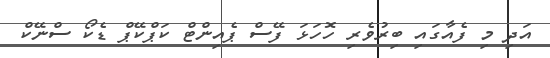
އަދި މި ފެއާގައި ބިރުވެރި ހޮހަޅަ ފޭސް ޕެއިންޓް ކަޕްކޭޕް ޑެކޯ ސްނޭކް